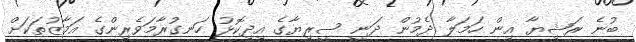
ބުނެ ރަޝިޔާ އިން ހަމަލާ ދެމުން ދަނީ ސީރިޔާގެ އިދިކޮޅު ހަނގުރާމަވެރިންގެ އަމާޒުތަކަށް